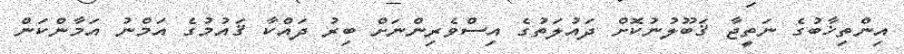
އިންތިޚާބުގެ ނަތީޖާ ޤަބޫލުނުކޮށް ދައުލަތުގެ އިސްވެރިންނަށް ބިރު ދައްކާ ޤައުމުގެ އަމްނު އަމާންކަން